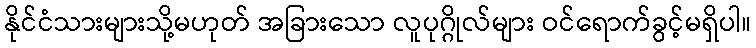
နိုင်ငံသားများသို့မဟုတ် အခြားသော လူပုဂ္ဂိုလ်များ ဝင်ရောက်ခွင့်မရှိပါ။